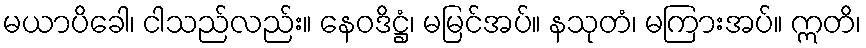
မယာပိခေါ၊ ငါသည်လည်း။ နေဝဒိဋ္ဌံ၊ မမြင်အပ်။ နသုတံ၊ မကြားအပ်။ ဣတိ၊